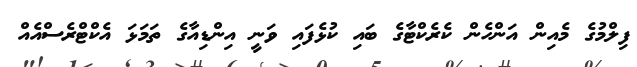
ފިލްމުގެ މެއިން އަންހެން ކެރެކްޓާގެ ބައި ކުޅެފައި ވަނީ އިންޑިއާގެ ތަމަޅަ އެކްޓްރެސްއެއް